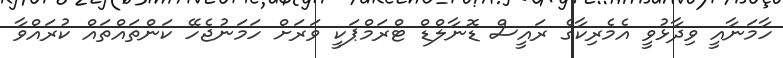
ހާމަނާއީ ވިދާޅުވީ އެމެރިކާގެ ރައީސް ޑޮނާލްޑް ޓްރަމްޕަކީ ވަރަށް ހަމަނުޖެހޭ ކަންތައްތައް ކުރައްވާ